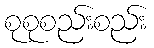
စုစုစည်းစည်း